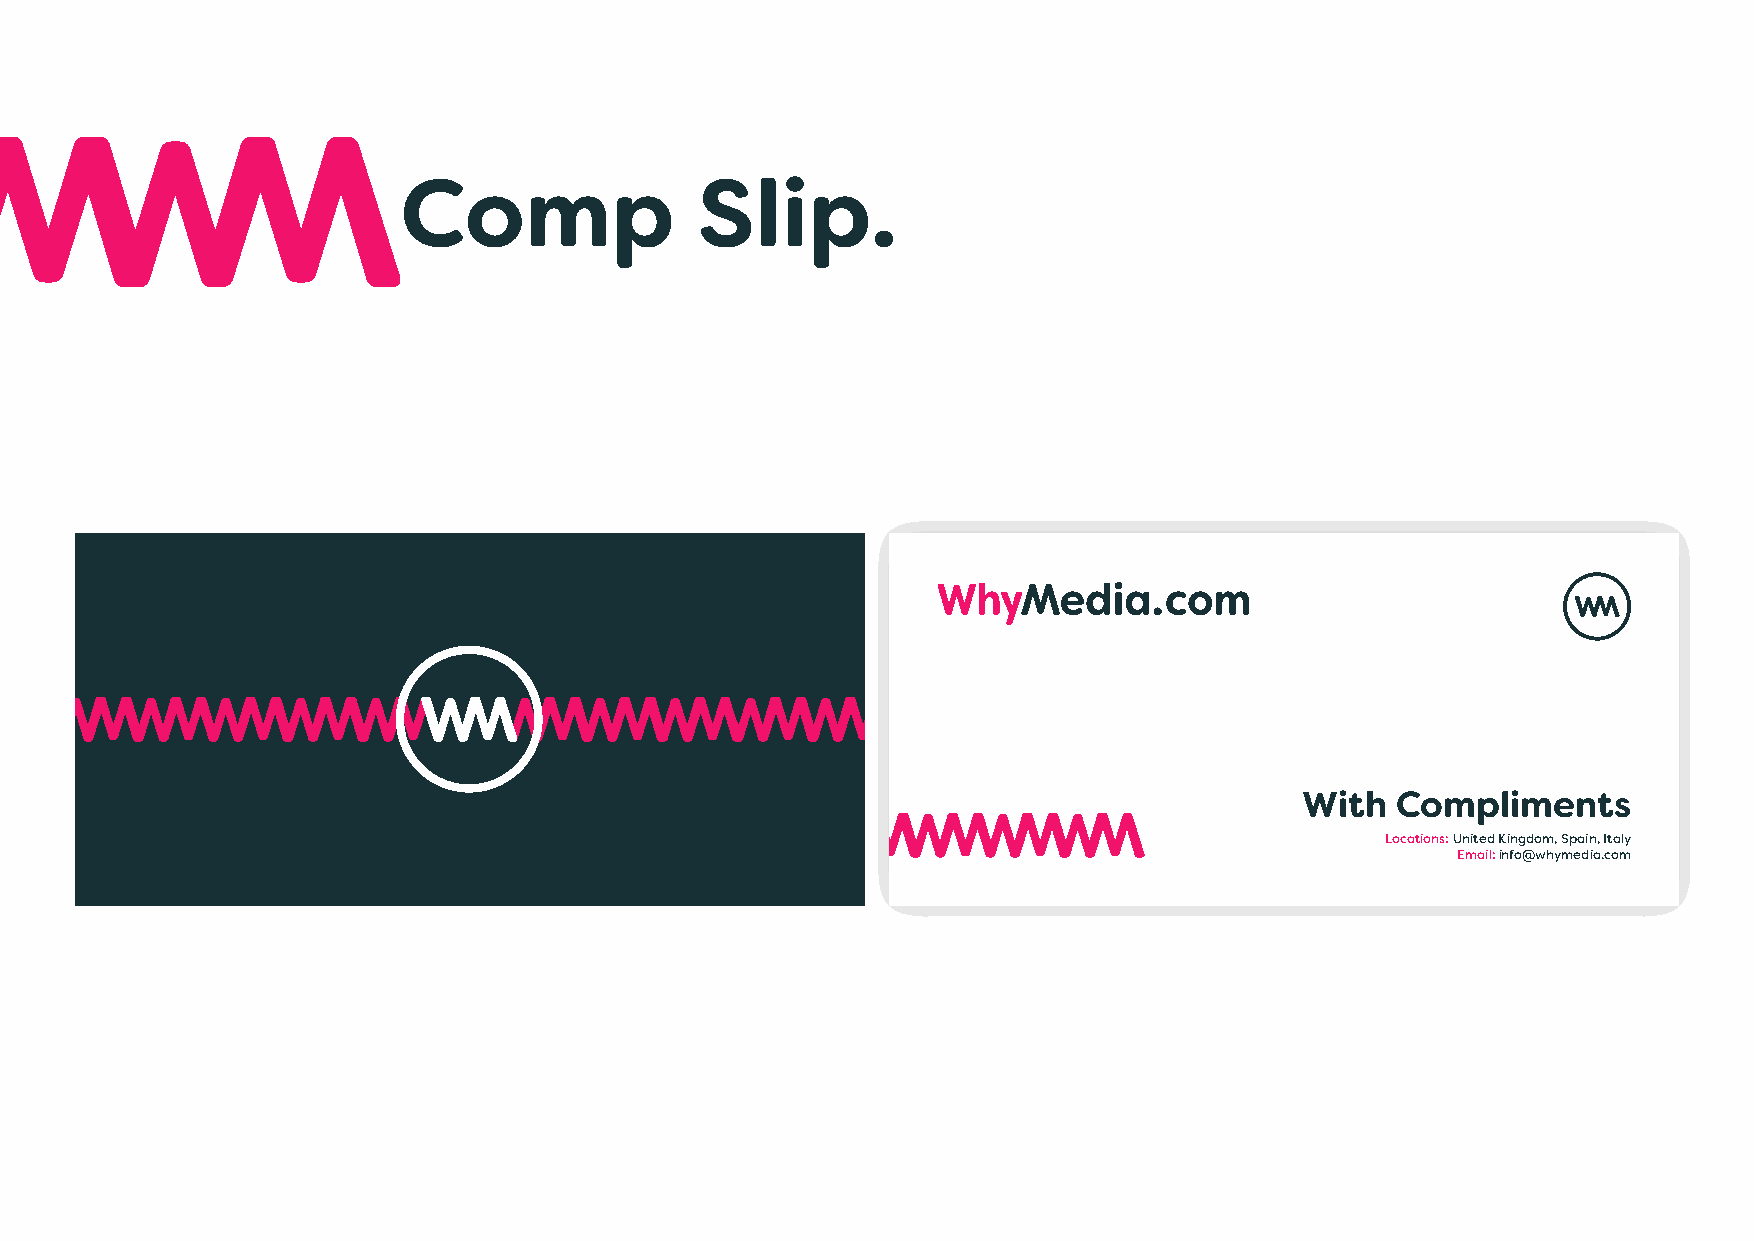
Comp               Slip.
 With  Compliments
 Locations: United Kingdom, Spain, Italy
 Email: info@whymedia.com